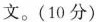
文。(10分)